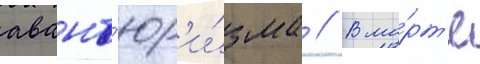
авант'юр'и́зма // В ма́рт'е